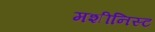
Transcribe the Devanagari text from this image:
मशीनिस्ट